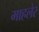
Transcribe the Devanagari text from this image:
माहलेर